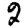
Digit: 2